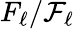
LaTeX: F_{\ell}/\mathcal{F}_{\ell}